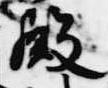
殿